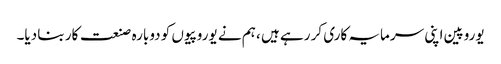
یوروپین اپنی سرمایہ کاری کر رہے ہیں ، ہم نے یوروپیوں کو دوبارہ صنعت کار بنا دیا۔